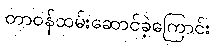
တာဝန်ထမ်းဆောင်ခဲ့ကြောင်း